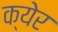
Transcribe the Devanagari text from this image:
क्येर